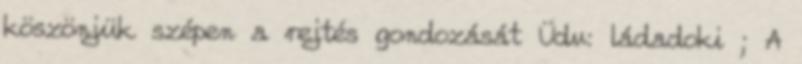
köszönjük szépen a rejtés gondozását Üdv: ládadoki ; A